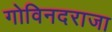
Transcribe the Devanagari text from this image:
गोविनदराजा